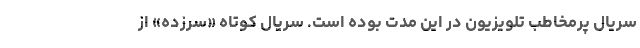
سریال پرمخاطب تلویزیون در این مدت بوده است. سریال کوتاه «سرزده» از